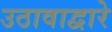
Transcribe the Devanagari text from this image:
उठावाद्वारे